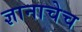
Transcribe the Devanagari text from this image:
ज्ञानाचेच